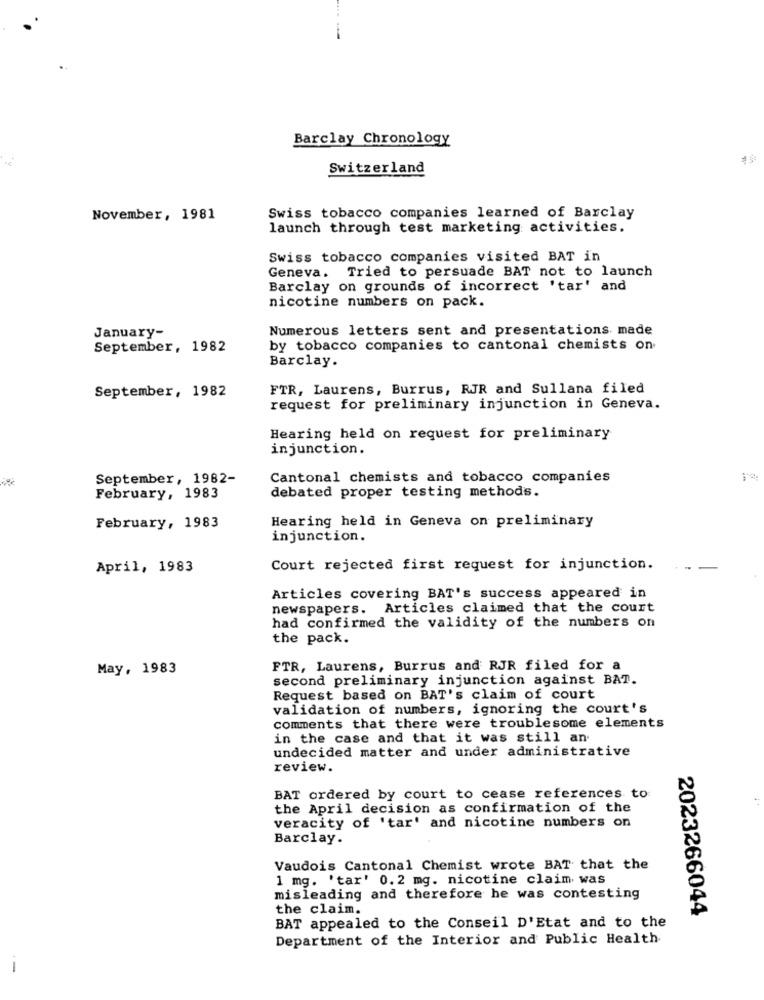
Barclay Chronology
Switzerland
November, 1981
Swiss tobacco companies learned of Barclay
launch through test marketing activities.
Swiss tobacco companies visited BAT in
Geneva. Tried to persuade BAT not to launch
Barclay on grounds of incorrect 'tar' and
nicotine numbers on pack.
January-
Numerous letters sent and presentations made
September, 1982
by tobacco companies to cantonal chemists on
Barclay.
September, 1982
FTR, Laurens, Burrus, RJR and Sullana filed
request for preliminary injunction in Geneva.
Hearing held on request for preliminary
injunction.
September, 1982-
Cantonal chemists and tobacco companies
February, 1983
debated proper testing methods.
February, 1983
Hearing held in Geneva on preliminary
injunction.
April, 1983
Court rejected first request for injunction.
Articles covering BAT's success appeared in
newspapers. Articles claimed that the court
had confirmed the validity of the numbers on
the pack.
May, 1983
FTR, Laurens, Burrus and RJR filed for a
second preliminary injunction against BAT.
Request based on BAT's claim of court
validation of numbers, ignoring the court's
comments that there were troublesome elements
in the case and that it was still an.
undecided matter and under administrative
review.
BAT ordered by court to cease references to
the April decision as confirmation of the
veracity of 'tar' and nicotine numbers on
Barclay.
Vaudois Cantonal Chemist wrote BAT that the
1 mg. 'tar' 0.2 mg. nicotine claim was
misleading and therefore he was contesting
the claim.
2023266044
BAT appealed to the Conseil D'Etat and to the
Department of the Interior and Public Health
-